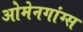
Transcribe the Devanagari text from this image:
ओमेनगांग्स